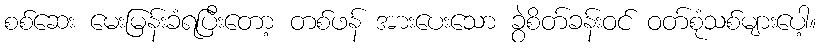
စစ်ဆေး မေးမြန်းခံရပြီးတော့ တစ်ဖန် အားပေးသော ခွဲစိတ်ခန်းဝင် ဝတ်စုံသစ်များပေါ့။